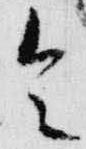
令